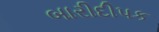
બારીદીપક